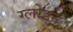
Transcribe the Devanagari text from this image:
ग्लोडन